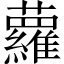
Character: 蘿